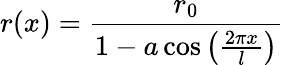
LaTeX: r(x)=\frac{r_{0}}{1-a\cos\left(\frac{2\pi x}{l}\right)}